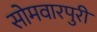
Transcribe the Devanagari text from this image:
सोमवारपुरी